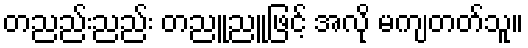
တညည်းညည်း တညူညူဖြင့် အလို မကျတတ်သူ။